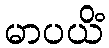
မာပယိံ